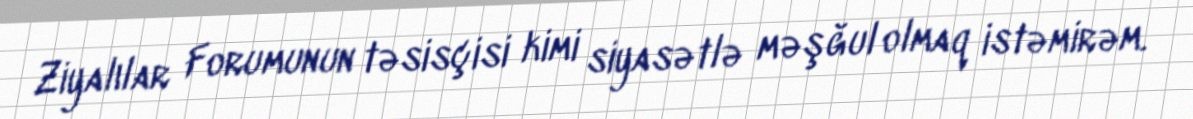
Ziyalılar Forumunun təsisçisi kimi siyasətlə məşğul olmaq istəmirəm.